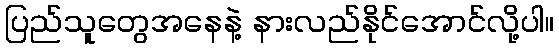
ပြည်သူတွေအနေနဲ့ နားလည်နိုင်အောင်လို့ပါ။